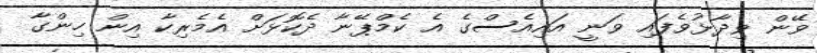
ވޭން ވިދާޅުވެފައި ވަނީ އައިއެސްގެ އެ ކެމްޕޭނާ ދެކޮޅަށް އެމެރިކާ އިން ހިންގާ